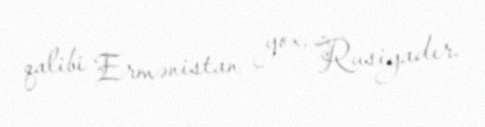
qalibi Ermənistan yox, Rusiyadır.